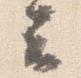
云